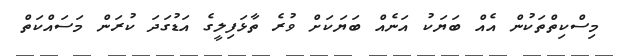
މިސްކިތްތަކުން އެއް ބަޔަކު އަނެއް ބަޔަކަށް ވުރެ ތާޅަފިލީގެ އަޑުގަދަ ކުރަން މަސައްކަތް